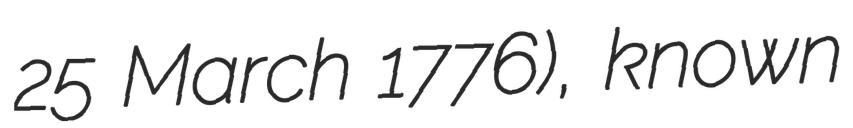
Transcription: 25 March 1776), known